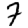
Digit: 7